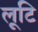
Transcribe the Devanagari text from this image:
लूटि